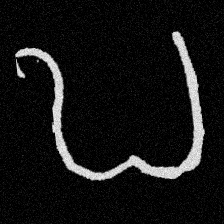
Pyu character \u2014 Myanmar letter: ဎ (romanized: ddha)